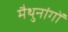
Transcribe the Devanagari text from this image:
मैथुनांगों